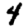
Digit: 4